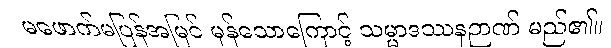
မဖောက်မပြန်အမြင် မှန်သောကြောင့် သမ္မာဒဿနဉာဏ် မည်၏။